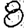
Digit: 8